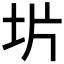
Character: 𫭡